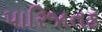
પારિજાતક